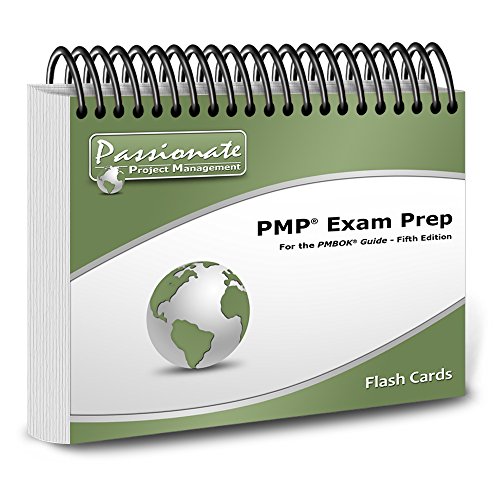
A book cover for PMP Exam Prep Flashcards (PMBOK Guide, 5th Edition); Belinda S Fremouw PMP PgMP PMI-RMP PMI-SP PMI-ACP CAPM; Test Preparation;